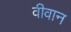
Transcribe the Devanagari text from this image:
वीवान